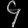
Digit: ၄